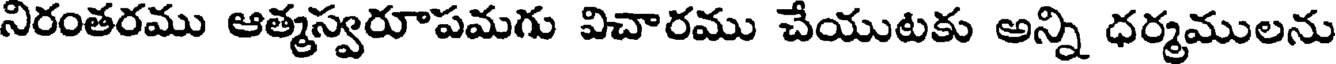
నిరంతరము ఆత్మస్వరూపమగు విచారము చేయుటకు అన్ని ధర్మములను